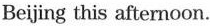
Bejing this afternoon.